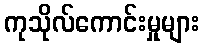
ကုသိုလ်ကောင်းမှုများ